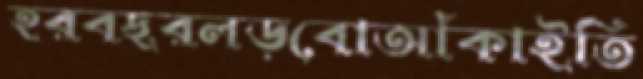
হরবছরলড়বোআঁকাইতি